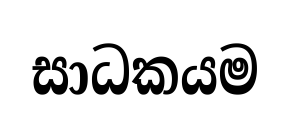
සාධකයම